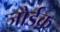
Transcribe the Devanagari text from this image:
जोर्डक़